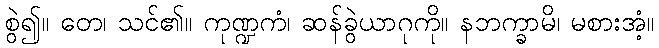
စွဲ၍။ တေ၊ သင်၏။ ကုဏ္ဍကံ၊ ဆန်ခွဲယာဂုကို။ နဘက္ခာမိ၊ မစားအံ့။